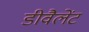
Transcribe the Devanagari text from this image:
डीवैलेंट